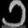
Digit: ၁